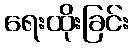
ရေးထိုးခြင်း